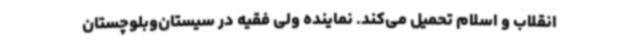
انقلاب و اسلام تحمیل می‌کند. نماینده ولی فقیه در سیستان‌وبلوچستان